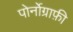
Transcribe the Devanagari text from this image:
पोर्नोग्राफ़ी